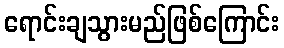
ရောင်းချသွားမည်ဖြစ်ကြောင်း